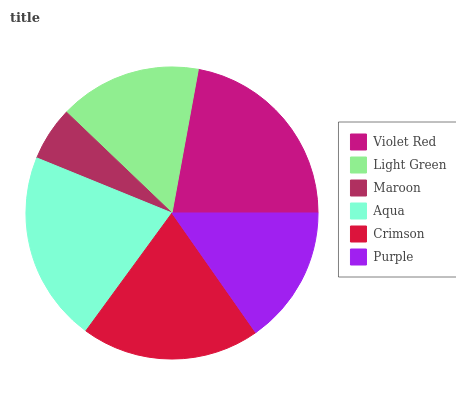
| Violet Red | Light Green | Maroon | Aqua | Crimson | Purple |
 | --- | --- | --- | --- | --- | --- |
 | 22.1% | 15.7% | 5.98% | 21.2% | 19.7% | 15.3% |